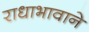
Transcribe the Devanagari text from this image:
राधाभावाने